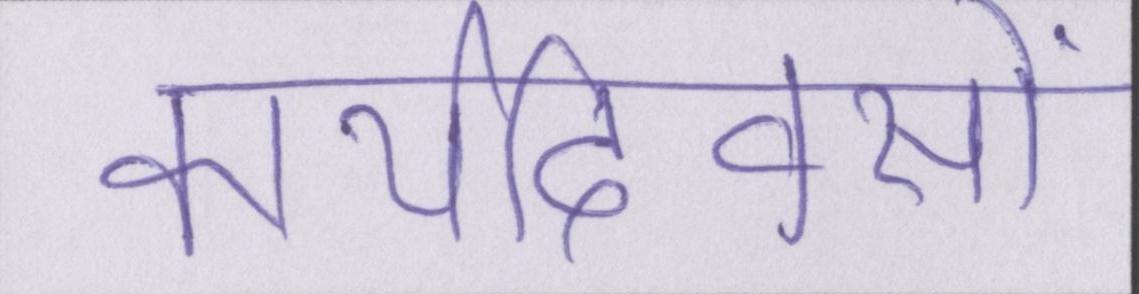
कार्यदिवसों